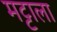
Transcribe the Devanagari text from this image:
मट्टाला